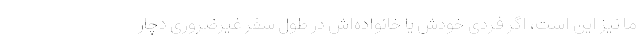
ما نیز این است، اگر فردی خودش یا خانواده‌اش در طول سفر غیرضروری دچار